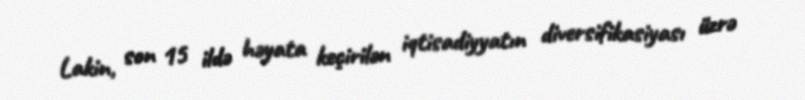
Lakin, son 15 ildə həyata keçirilən iqtisadiyyatın diversifikasiyası üzrə